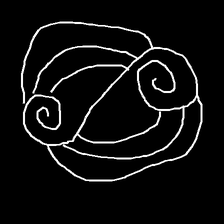
Glyph: wind-underfoot